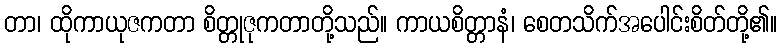
တာ၊ ထိုကာယုဇကတာ စိတ္တုဇုကတာတို့သည်။ ကာယစိတ္တာနံ၊ စေတသိက်အပေါင်းစိတ်တို့၏။